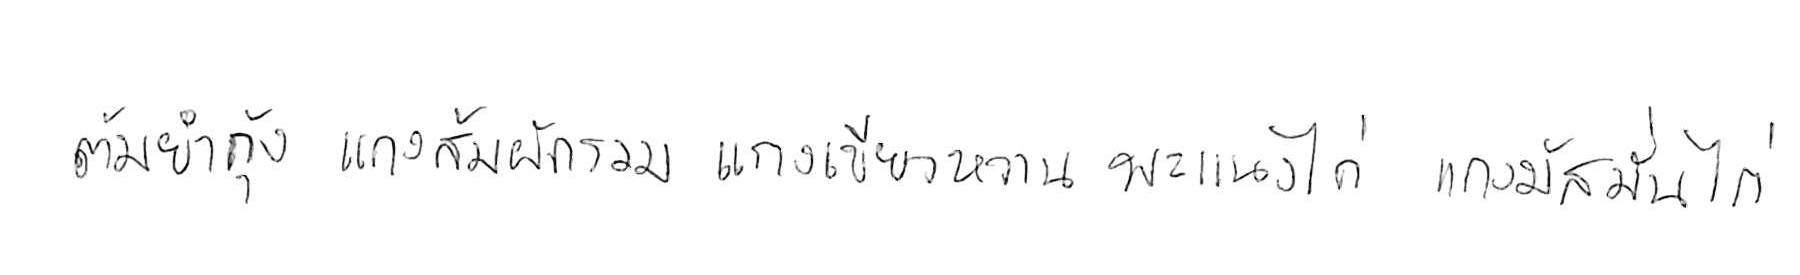
ต้มยำกุ้ง แกงส้มผักรวม แกงเขียวหวาน พะแนงไก่ แกงมัสมั่นไก่